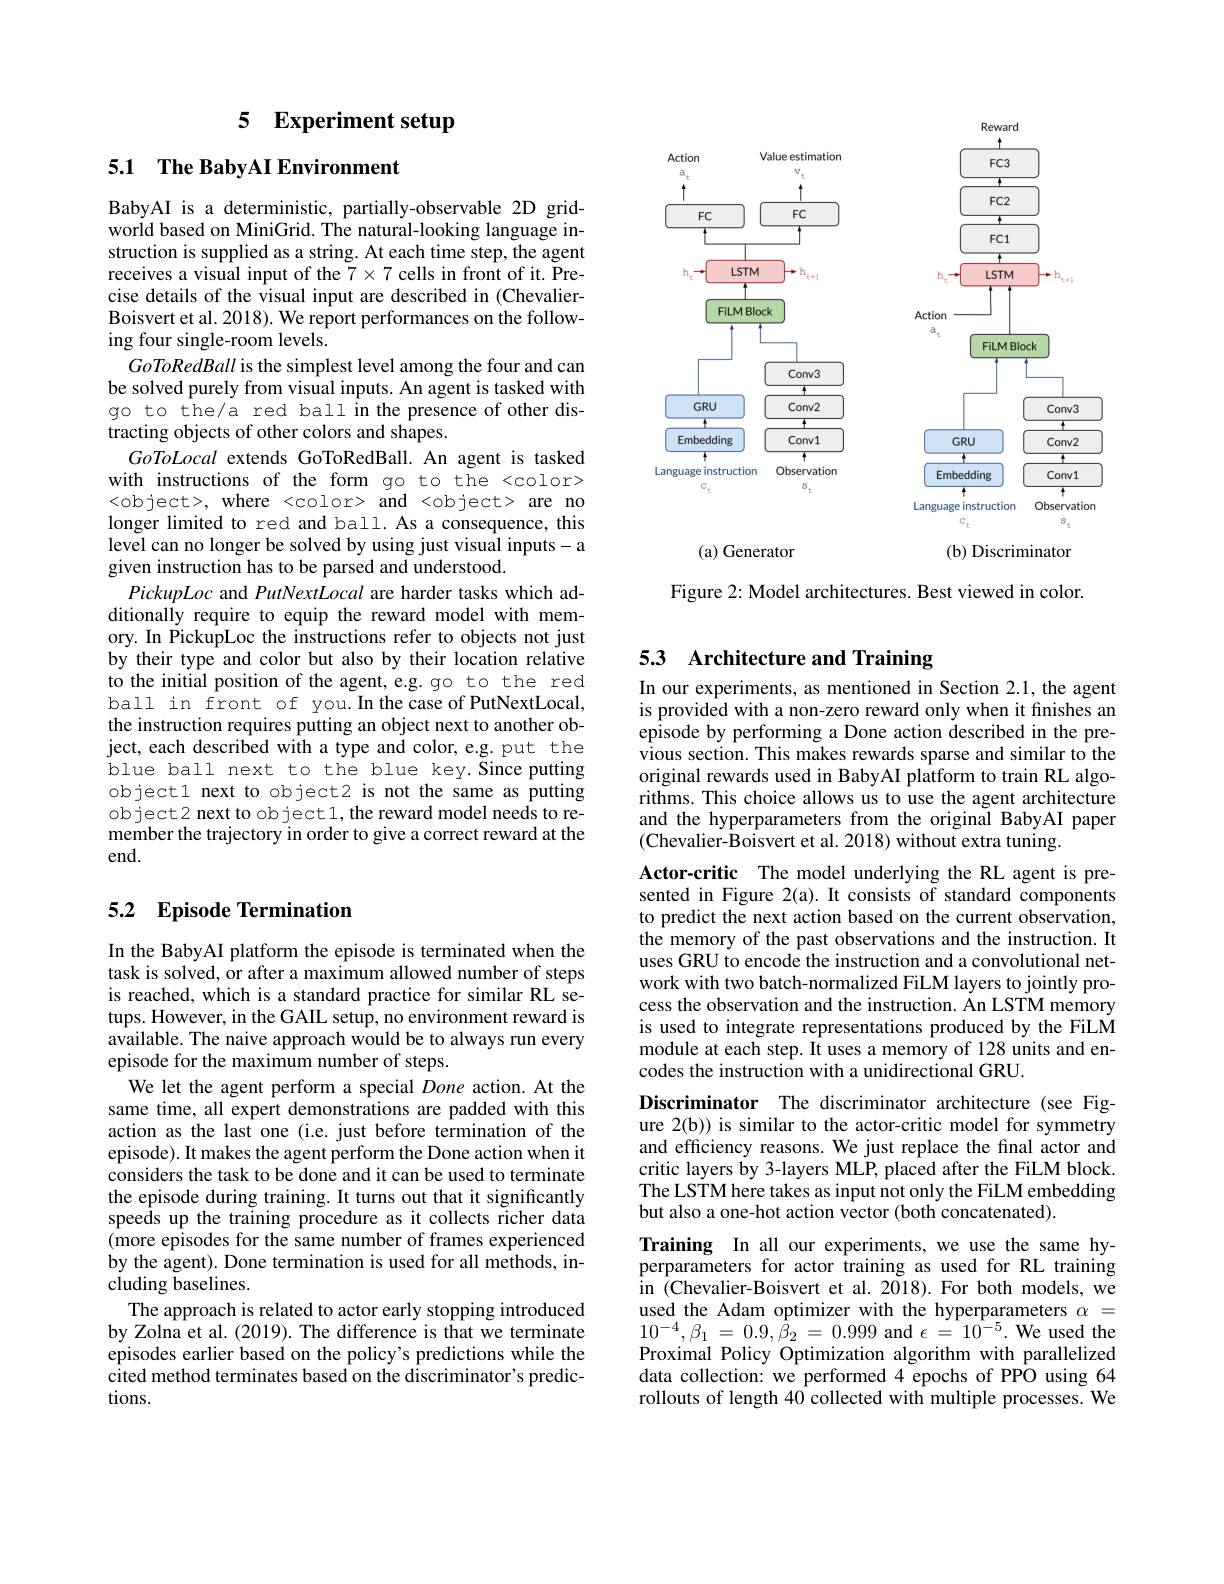
<FigureHere>

Figure 2: Model architectures. Best viewed in color.

## 5 $\textbf{Experiment setup}$

5.1 The BabyAI Environment

BabyAI is a deterministic, partially-observable 2D gridworld based on MiniGrid. The natural-looking language instruction is supplied as a string. At each time step, the agent receives a visual input of the $7\times7$ cells in front of it. Precise details of the visual input are described in (ChevalierBoisvert et al. 2018). We report performances on the following four single-room levels.
GoToRedBall is the simplest level among the four and can be solved purely from visual inputs. An agent is tasked with go to the/a red ball in the presence of other distracting objects of other colors and shapes.
GoToLocal extends GoToRedBall. An agent is tasked with instructions of the form go to the <color> <object>,where <color> and <object> are no longer limited to red and ball. As a consequence, this level can no longer be solved by using just visual inputs-a given instruction has to be parsed and understood.
PickupLoc and PutNextLocal are harder tasks which additionally require to equip the reward model with memory. In PickupLoc the instructions refer to objects not just by their type and color but also by their location relative to the initial position of the agent, e.g. go to the red ball in front of you.In the case of PutNextLocal, the instruction requires putting an object next to another object, each described with a type and color, e.g. put the blue ball next to the blue key. Since putting object1 next to object2 is not the same as putting object2 next to ob ject1, the reward model needs to remember the trajectory in order to give a correct reward at the end.

## 5.2 $\textbf{Episode Termination}$

In the BabyAI platform the episode is terminated when the task is solved, or after a maximum allowed number of steps is reached, which is a standard practice for similar RL setups. However, in the GAIL setup, no environment reward is available. The naive approach would be to always run every episode for the maximum number of steps.
We let the agent perform a special Done action. At the same time, all expert demonstrations are padded with this action as the last one (i.e. just before termination of the episode). It makes the agent perform the Done action when it considers the task to be done and it can be used to terminate the episode during training. It turns out that it significantly speeds up the training procedure as it collects richer data $\hat{(\text{more episodes for the same number of frames experienced}}$ by the agent). Done termination is used for all methods, including baselines.
The approach is related to actor early stopping introduced by Zolna et al. (2019). The difference is that we terminate episodes earlier based on the policy's predictions while the cited method terminates based on the discriminator's predictions.

## 53 Architecture and Training

In our experiments, as mentioned in Section 2.1, the agent is provided with a non-zero reward only when it finishes an episode by performing a Done action described in the previous section. This makes rewards sparse and similar to the original rewards used in BabyAI platform to train RL algorithms. This choice allows us to use the agent architecture and the hyperparameters from the original BabyAI paper (Chevalier-Boisvert et al. 2018) without extra tuning.
Actor-critic The model underlying the RL agent is presented in Figure 2(a). It consists of standard components to predict the next action based on the current observation, the memory of the past observations and the instruction. It uses GRU to encode the instruction and a convolutional network with two batch-normalized FiLM layers to jointly process the observation and the instruction. An LSTM memory is used to integrate representations produced by the FiLM module at each step. It uses a memory of 128 units and encodes the instruction with a unidirectional GRU.

Discriminator The discriminator architecture (see Figure 2(b)) is similar to the actor-critic model for symmetry and efficiency reasons. We just replace the final actor and critic layers by 3-layers MLP, placed after the FiLM block. The LSTM here takes as input not only the FiLM embedding but also a one-hot action vector (both concatenated).

Training In all our experiments, we use the same hyperparameters for actor training as used for RL training in (Chevalier-Boisvert et al.2018). For both models, we used the Adam optimizer with the hyperparameters $\alpha=$ $10^{- 4}, \beta _{1}$ = $0. 9, \dot{\beta } _{2}$ = 0.999 and $\epsilon$ = $10^{- 5}.$ We used the Proximal Policy Optimization algorithm with parallelized data collection: we performed 4 epochs of PPO using 64 rollouts of length 40 collected with multiple processes. We